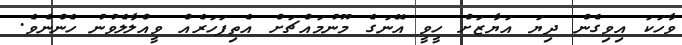
ވާހަކަ އިވިގެން ދިޔަ އަޔާޒަށް ހީވީ އޭނަގެ މޫނުމައްޗަށް އެތިފަހަރެއް ވީއްލާލެވުނު ހެންނެވެ.